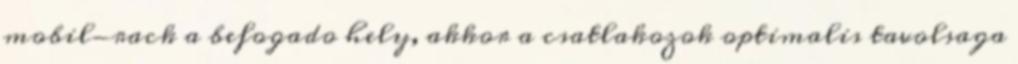
mobil-rack a befogado hely, akkor a csatlakozok optimalis tavolsaga